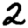
Digit: 2